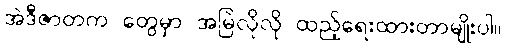
အဲဒီဇာတက တွေမှာ အမြဲလိုလို ထည့်ရေးထားတာမျိုးပါ။